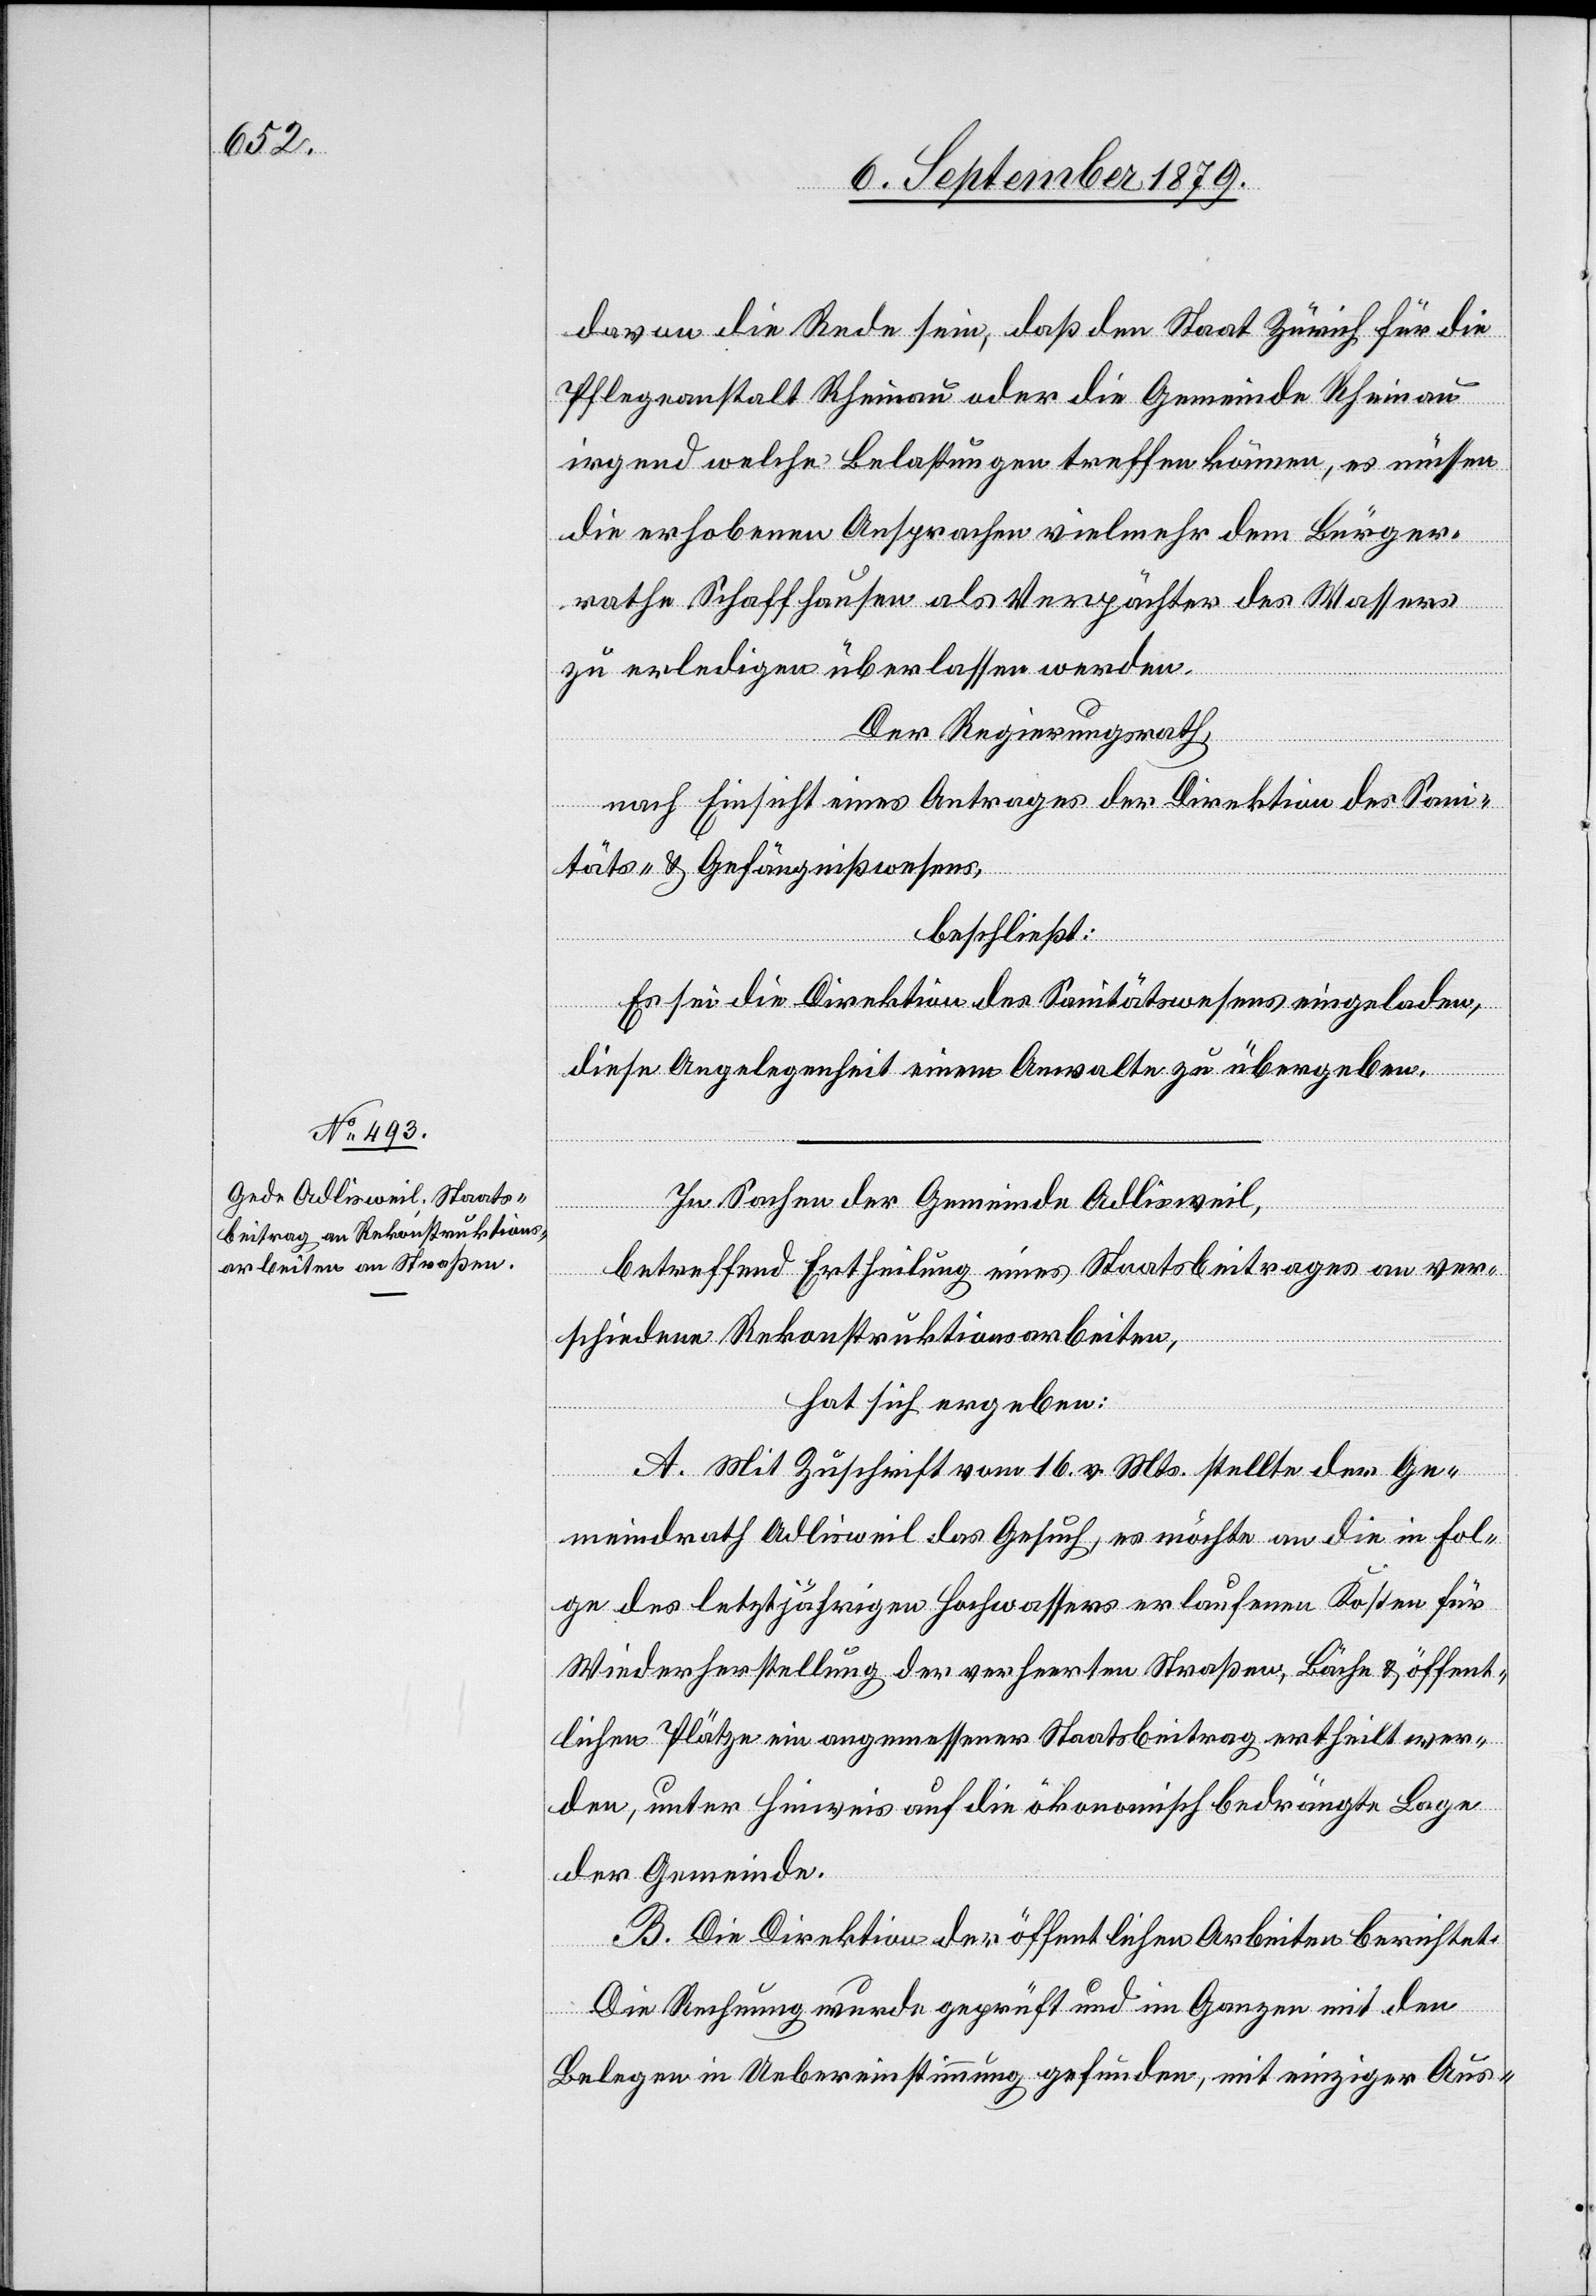
davon die Rede sein, daß den Staat Zürich für die
Pflegeanstalt Rheinau oder die Gemeinde Rheinau
irgend welche Belastungen treffen können, es müssen
die erhobenen Ansprachen vielmehr dem Bürger¬
rathe Schaffhausen als Verpächter des Wassers
zu erledigen überlassen werden.
Der Regierungsrath,
nach Einsicht eines Antrages der Direktion des Sani¬
täts- & Gefängnißwesens,
beschließt:
Es sei die Direktion es Sanitätswesens eingeladen,
diese Angelegenheit einem Anwalte zu übergeben.
In Sachen der Gemeinde Adlisweil,
betreffend Ertheilung eines Staatsbeitrages an ver¬
schiedene Rekonstruktionsarbeiten,
hat sich ergeben:
A. Mit Zuschrift vom 16. v. Mts. stellte der Ge¬
meindrath Adlisweil das Gesuch, es möchte an die in Fol¬
ge des letztjährigen Hochwassers erlaufenen Kosten für
Wiederherstellung der verheerten Straßen, Bäche & öffent¬
lichen Plätze ein angemessener Staatsbeitrag ertheilt wer¬
den, unter Hinweis auf die ökonomisch bedrängte Lage
der Gemeinde.
B. Die Direktion der öffentlichen Arbeiten berichtet:
Die Rechnung wurde geprüft und im Ganzen mit den
Belegen in Uebereinstimmung gefunden, mit einziger Aus-